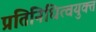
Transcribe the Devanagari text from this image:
प्रतिनिधित्वयुक्त